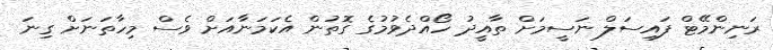
ރަނިންމޭޓް ފައިސަލް ނަސީމަށް ތާއީދު ހޯއްދެވުމުގެ ގޮތުން އެކަމަނާއަށް ވެސް މިހާތަނަށް ގިނަ